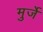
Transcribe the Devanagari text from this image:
मुर्जे